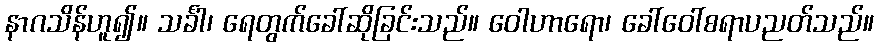
နာဂသိန်ဟူ၍။ သင်္ခါ၊ ရေတွက်ခေါ်ဆိုခြင်းသည်။ ဝေါဟာရော၊ ခေါ်ဝေါ်စရာပညတ်သည်။